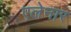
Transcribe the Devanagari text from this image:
एलेनार